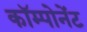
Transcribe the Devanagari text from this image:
कॉम्पोनेंट